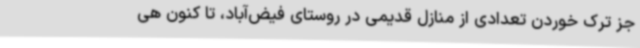
جز ترک خوردن تعدادی از منازل قدیمی در روستای فیض‌آباد، تا کنون هی